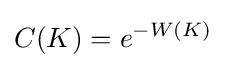
C(K)=e^{-W(K)}